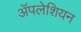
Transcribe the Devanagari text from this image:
ॲपलेशियन